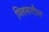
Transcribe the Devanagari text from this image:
ग्लिसरौल